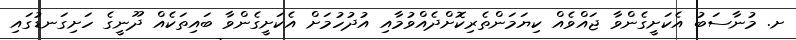
ށ. މުނާސަބު އެކަށީގެންވާ ޖައްވެއް ކިޔަމަންތެރިކޮށްދެއްވުމާއި އުދުހުމަށް އެކަށީގެންވާ ބައިތަކެއް ދޫނީގެ ހަށިގަނޑުގައި